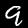
Digit: 9